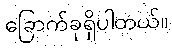
ခြောက်ခုရှိပါတယ်။